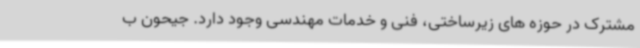
مشترک در حوزه های زیرساختی، فنی و خدمات مهندسی وجود دارد. جیحون ب